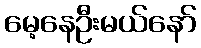
မေ့နေဦးမယ်နော်